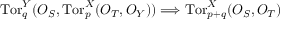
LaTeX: \mathrm { T o r } _ { q } ^ { Y } ( { \cal O } _ { S } , \mathrm { T o r } _ { p } ^ { X } ( { \cal O } _ { T } , { \cal O } _ { Y } ) ) \Longrightarrow \mathrm { T o r } _ { p + q } ^ { X } ( { \cal O } _ { S } , { \cal O } _ { T } )